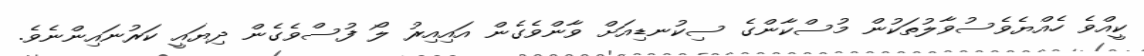
ކީއްވެ ހެއްޔެވެސުވާލުތަކުން މުސްކާންގެ ސިކުނޑިއަށް ވާންވެގެން އައިއިރު ލޯ ފުސްވެގެން ދިޔައީ ކަރުނައިންނެވެ.